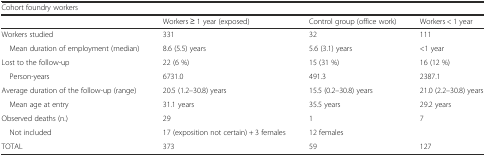
<table><thead><tr><td colspan="4"><b>Cohort foundry workers</b></td></tr><tr><td></td><td><b>Workers ≥ 1 year (exposed)</b></td><td><b>Control group (office work)</b></td><td><b>Workers &lt; 1 year</b></td></tr></thead><tbody><tr><td>Workers studied</td><td>331</td><td>32</td><td>111</td></tr><tr><td> Mean duration of employment (median)</td><td>8.6 (5.5) years</td><td>5.6 (3.1) years</td><td>&lt;1 year</td></tr><tr><td>Lost to the follow-up</td><td>22 (6 %)</td><td>15 (31 %)</td><td>16 (12 %)</td></tr><tr><td> Person-years</td><td>6731.0</td><td>491.3</td><td>2387.1</td></tr><tr><td>Average duration of the follow-up (range)</td><td>20.5 (1.2–30.8) years</td><td>15.5 (0.2–30.8) years</td><td>21.0 (2.2–30.8) years</td></tr><tr><td> Mean age at entry</td><td>31.1 years</td><td>35.5 years</td><td>29.2 years</td></tr><tr><td>Observed deaths (n.)</td><td>29</td><td>1</td><td>7</td></tr><tr><td> Not included</td><td>17 (exposition not certain) + 3 females</td><td>12 females</td><td></td></tr><tr><td>TOTAL</td><td>373</td><td>59</td><td>127</td></tr></tbody></table>